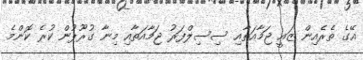
އޭގެ ތެރެއިން ޒައީ ޖަމާއަތާއި ސިސިލްފަރު ޖަމާއަތާއި މިނާ ގުރޫޕުން ކުރެ ކޮންމެ